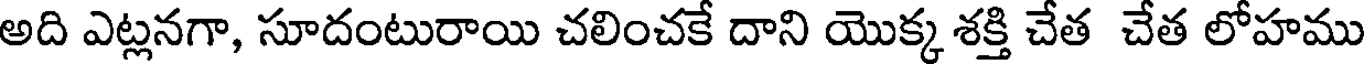
అది ఎట్లనగా, సూదంటురాయి చలించకే దాని యొక్క శక్తి చేత చేత లోహము